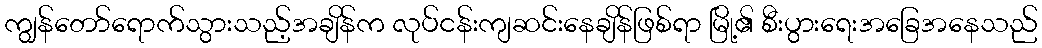
ကျွန်တော်ရောက်သွားသည့်အချိန်က လုပ်ငန်းကျဆင်းနေချိန်ဖြစ်ရာ မြို့၏ စီးပွားရေးအခြေအနေသည်